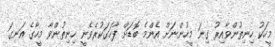
މީހަކު ހިނިތުންވާއިރު ގިނަ މީހުންނަށް އެންމެ ބޮޑަށް ފާހަގަކުރެވެނީ ހިނިތުންވާ މީހާގެ އަނގަ